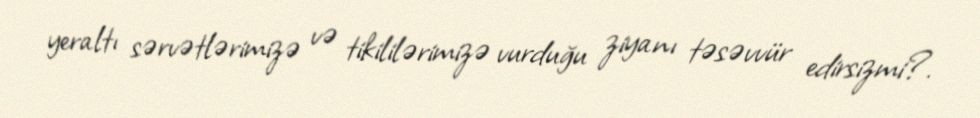
yeraltı sərvətlərimizə və tikililərimizə vurduğu ziyanı təsəvvür edirsizmi?.